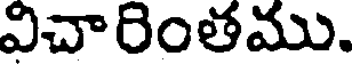
విచారింతము.